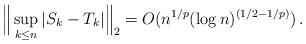
LaTeX: \begin{align*} \Big \Vert \sup_{k \leq n} |S_k-T_k| \Big \Vert_2 = O (n^{1/p} (\log n)^{ (1/2 - 1/p) } ) \, .\end{align*}